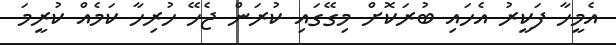
އެމީހާ ފަކީރު އެހައި ބުރަކޮށް މިގޭގައި ކުރަން ޖެހޭ ހުރިހާ ކަމެއް ކުރީމަ